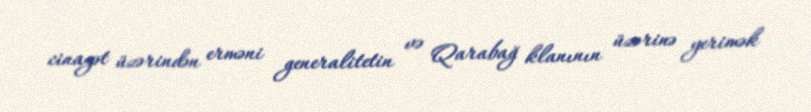
cinayət üzərindən erməni generalitetin və Qarabağ klanının üzərinə yerimək